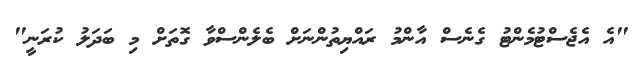
"އެ އެޖެސްޓުމެންޓު ގެނެސް އާންމު ރައްޔިތުންނަށް ބެލެންސްވާ ގޮތަށް މި ބަދަލު ކުރަނީ"